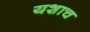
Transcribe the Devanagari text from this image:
यशाच